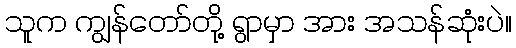
သူက ကျွန်တော်တို့ ရွာမှာ အား အသန်ဆုံးပဲ။